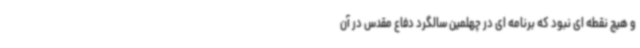
و هیچ نقطه ای نبود که برنامه ای در چهلمین سالگرد دفاع مقدس در آن